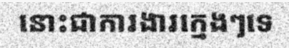
នោះជាការងារក្មេងៗទេ